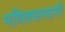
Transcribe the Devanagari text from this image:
मणिक्यस्वामी